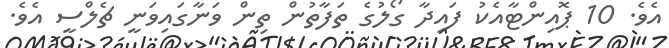
އެވެ. 10 ޕޮއިންޓާއެކު ފައިދާ ގޯލުގެ ތަފާތުން ތިން ވަނާގައިވަނީ ޗެލްސީ އެވެ.